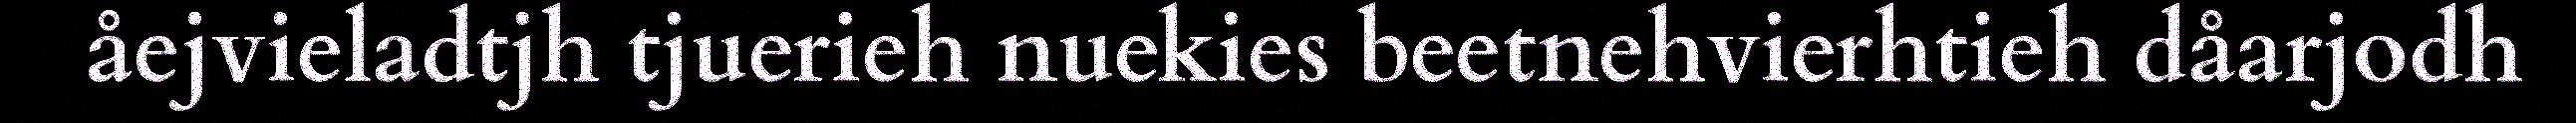
åejvieladtjh tjuerieh nuekies beetnehvierhtieh dåarjodh